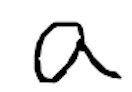
Text: a
Cross-out: clean
Writing tool: digital_black